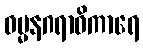
ဓမ္မနဂရာဓိကာရေ